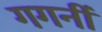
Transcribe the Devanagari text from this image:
गगनीं